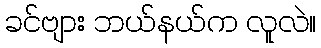
ခင်ဗျား ဘယ်နယ်က လူလဲ။